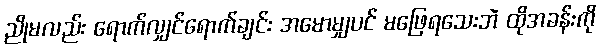
ညိုမလည်း ရောက်လျှင်ရောက်ချင်း အမောမျှပင် မဖြေရသေးဘဲ ထိုအခန်းကို